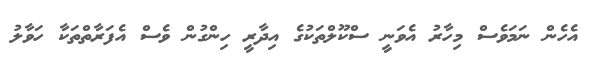
އެހެން ނަމަވެސް މިހާރު އެވަނީ ސްކޫލްތަކުގެ އިދާރީ ހިންގުން ވެސް އެފަރާތްތަކާ ހަވާލު